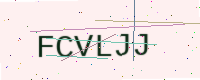
Text: FCVLJJ